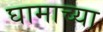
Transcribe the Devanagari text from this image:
घामाच्या